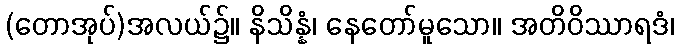
(တောအုပ်)အလယ်၌။ နိသိန္နံ၊ နေတော်မူသော။ အတိဝိဿာရဒံ၊